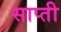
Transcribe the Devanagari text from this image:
साप्ती